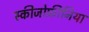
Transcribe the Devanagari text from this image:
स्‍कीजोफ्रीनिया